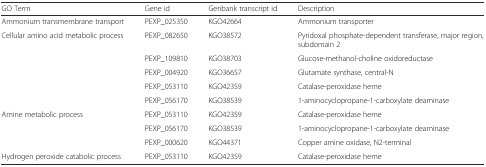
| GO Term | Gene id | Genbank transcript id | Description |
 | --- | --- | --- | --- |
 | Ammonium transmembrane transport | PEXP_025350 | KGO42664 | Ammonium transporter |
 | <ROWSPAN=3> Cellular amino acid metabolic process | PEXP_082650 | KGO38572 | Pyridoxal phosphate-dependent transferase, major region, subdomain 2 |
 | PEXP_109810 | KGO38703 | Glucose-methanol-choline oxidoreductase |
 | PEXP_004920 | KGO36657 | Glutamate synthase, central-N |
 |  | PEXP_053110 | KGO42359 | Catalase-peroxidase heme |
 |  | PEXP_056170 | KGO38539 | 1-aminocyclopropane-1-carboxylate deaminase |
 | <ROWSPAN=2> Amine metabolic process | PEXP_053110 | KGO42359 | Catalase-peroxidase heme |
 | PEXP_056170 | KGO38539 | 1-aminocyclopropane-1-carboxylate deaminase |
 |  | PEXP_000620 | KGO44371 | Copper amine oxidase, N2-terminal |
 | Hydrogen peroxide catabolic process | PEXP_053110 | KGO42359 | Catalase-peroxidase heme |